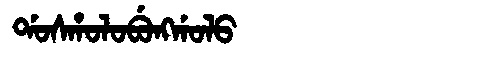
Manchu: ᡩᠣᠰᡥᠣᠯᠣᠪᡠᠩᡤᠣᠯᠣ
Romanization: DOSHOLOBUNGGOLO